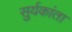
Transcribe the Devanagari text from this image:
सुर्यकांता